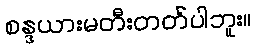
စန္ဒယားမတီးတတ်ပါဘူး။